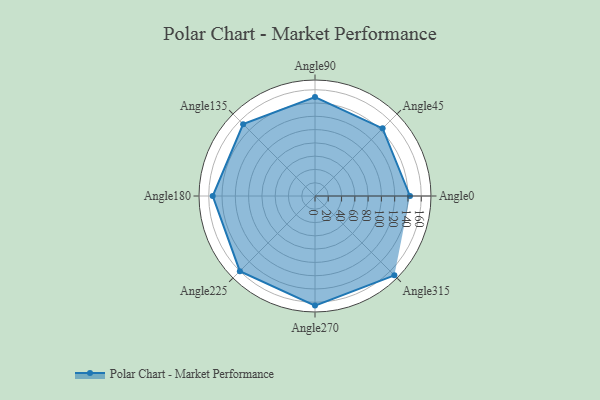
{"axis": {"x": "Angle", "y": "Radius"}, "legend": [""], "data": [{"x": "Angle0", "y": 143.0, "type": ""}, {"x": "Angle45", "y": 144.0, "type": ""}, {"x": "Angle90", "y": 149.0, "type": ""}, {"x": "Angle135", "y": 153.0, "type": ""}, {"x": "Angle180", "y": 154.0, "type": ""}, {"x": "Angle225", "y": 160.0, "type": ""}, {"x": "Angle270", "y": 165.0, "type": ""}, {"x": "Angle315", "y": 169.0, "type": ""}]}